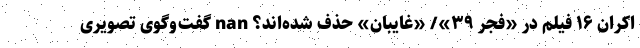
اکران ۱۶ فیلم در «فجر ۳۹»/ «غایبان» حذف شده‌اند؟ nan گفت‌وگوی تصویری